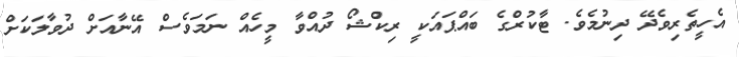
އެހީތެރިވެދޭ ދިނުމެވެ. ޓާކުރްގެ ބައްޕައަކީ ރިކްޝޯ ދުއްވާ މީހެއް ނަމަވެސް އޭނާއަށް ދުވާލަކަށް